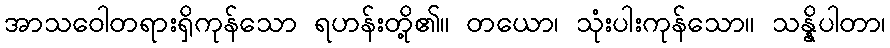
အာသဝေါတရားရှိကုန်သော ရဟန်းတို့၏။ တယော၊ သုံးပါးကုန်သော။ သန္နိပါတာ၊